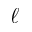
\ell